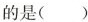
的是( )